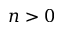
n > 0